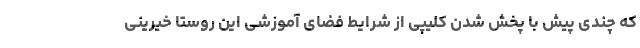
که چندی پیش با پخش شدن کلیپی از شرایط فضای آموزشی این روستا خیرینی